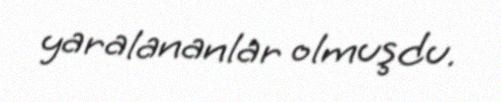
yaralananlar olmuşdu.